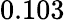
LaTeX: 0.103